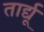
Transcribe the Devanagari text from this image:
तार्द्यू